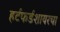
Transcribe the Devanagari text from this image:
हर्टफर्डशायरचा